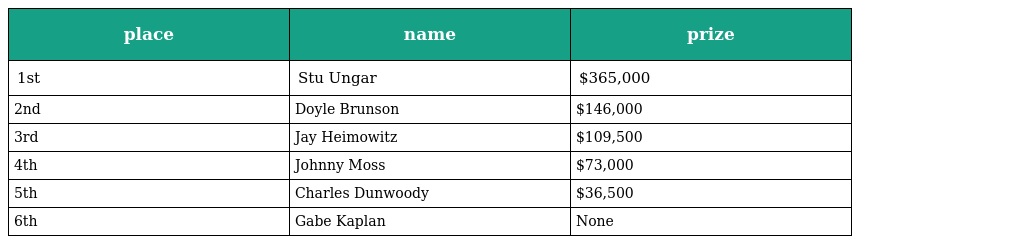
| place | name | prize |
 | --- | --- | --- |
 | 1st | Stu Ungar | $365,000 |
 | 2nd | Doyle Brunson | $146,000 |
 | 3rd | Jay Heimowitz | $109,500 |
 | 4th | Johnny Moss | $73,000 |
 | 5th | Charles Dunwoody | $36,500 |
 | 6th | Gabe Kaplan | None |